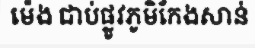
ម៉េង ជាប់ផ្លូវភូមិកែងសាន់